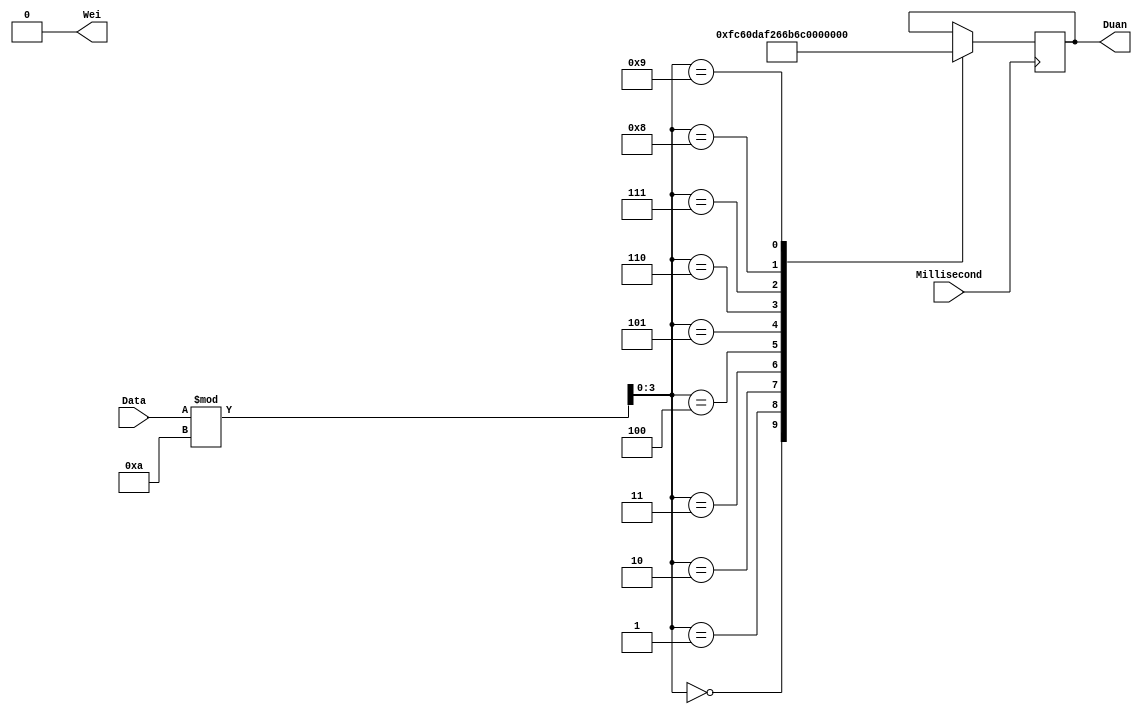
//Display


module Dipslay2(Millisecond,Data,Duan,Wei);

input Millisecond;
input [5:0] Data;//
output[7:0] Duan;//
output Wei;//
reg [7:0] Duan;
reg Wei;//
wire[3:0] SHI;//
wire[3:0] GE;//

//parameter Zero =  8'b0000_0000;
//parameter One =   8'b0000_0001;
//parameter Two =   8'b0000_0010;
//parameter Three = 8'b0000_0100;
//parameter Four =  8'b0000_1000;
//parameter Five =  8'b0001_0000;
//parameter Six =   8'b0010_0000;
//parameter Seven = 8'b0100_0000;
//parameter Eight = 8'b1000_0000;
//parameter Nine =  8'b0000_0011;
parameter Zero =  8'b1111_1100;
parameter One =   8'b0110_0000;
parameter Two =   8'b1101_1010;
parameter Three = 8'b1111_0010;
parameter Four =  8'b0110_0110;
parameter Five =  8'b1011_0110;
parameter Six =   8'b1011_1110;
parameter Seven = 8'b1110_0000;
parameter Eight = 8'b1111_1110;
parameter Nine =  8'b1111_0110;

assign SHI = Data/10;
assign GE = Data%10;


initial
begin
	Wei <= 0;
end

always@(posedge Millisecond)
begin
	if(Wei == 0)//
		begin
			case(GE) 
				4'd0 : Duan = Zero;
				4'd1 : Duan = One;
				4'd2 : Duan = Two;
				4'd3 : Duan = Three;
				4'd4 : Duan = Four;
				4'd5 : Duan = Five;
				4'd6 : Duan = Six;
				4'd7 : Duan = Seven;
				4'd8 : Duan = Eight;
				4'd9 : Duan = Nine;
			endcase
		end
	else
		begin
			case(SHI) 
				4'd0 : Duan = Zero;
				4'd1 : Duan = One;
				4'd2 : Duan = Two;
				4'd3 : Duan = Three;
				4'd4 : Duan = Four;
				4'd5 : Duan = Five;
				4'd6 : Duan = Six;
				4'd7 : Duan = Seven;
				4'd8 : Duan = Eight;
				4'd9 : Duan = Nine;
			endcase
		end
end

//always@(posedge Millisecond)
//begin
//	Wei <= ~Wei;
//end



endmodule